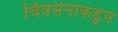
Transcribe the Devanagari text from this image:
चित्रसेनाकडून